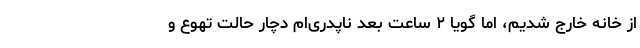
از خانه خارج شدیم، اما گویا ۲ ساعت بعد ناپدری‌ام دچار حالت تهوع و